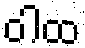
ဝါထ